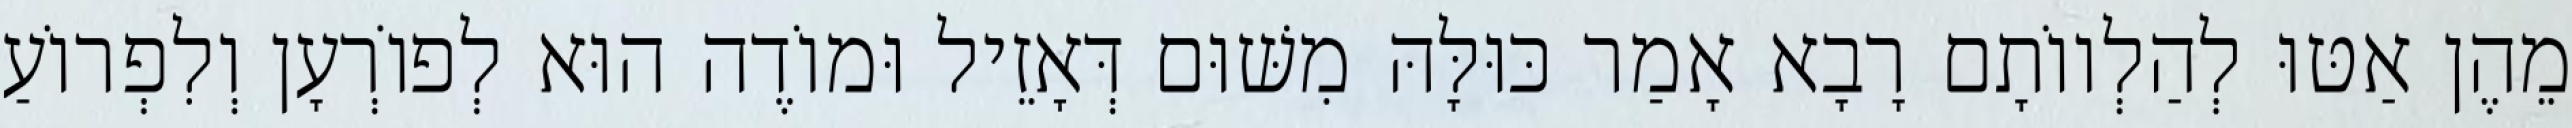
מֵהֶן אַטּוּ לְהַלְווֹתָם רָבָא אָמַר כּוּלָּהּ מִשּׁוּם דְּאָזֵיל וּמוֹדֶה הוּא לְפוֹרְעָן וְלִפְרוֹעַ